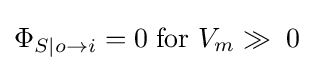
\Phi _{S|o\to i}=0\;{\mbox{for}}\ V_{m}\gg \;0